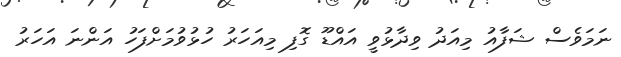
ނަމަވެސް ޝަފާއު މިއަދު ވިދާޅުވީ އައްޑޫ ގޮފި މިއަހަރު ހުޅުވުމަށްފަހު އަންނަ އަހަރު